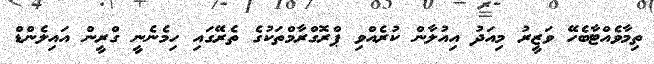
ތިމާވެއްޓާބެހޭ ވަޒީރު މިއަދު އިއުލާން ކުރެއްވި ޕްރޮގްރާމްތަކުގެ ތެރޭގައި ހިމެނެނީ ގްރީން އައިލެންޑް